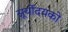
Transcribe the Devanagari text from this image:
सूर्योदयको